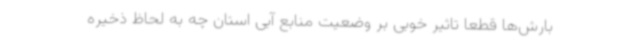
بارش‌ها قطعا تاثیر خوبی بر وضعیت منابع آبی استان چه به لحاظ ذخیره